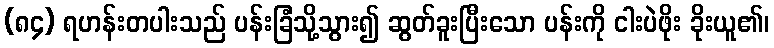
(၈၄) ရဟန်းတပါးသည် ပန်းခြံသို့သွား၍ ဆွတ်ခူးပြီးသော ပန်းကို ငါးပဲဖိုး ခိုးယူ၏၊